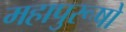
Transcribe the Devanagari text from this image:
महापुरूषो